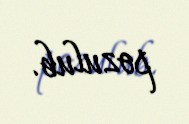
pozulub.